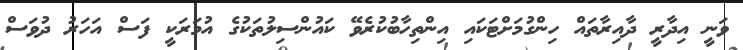
ވަނީ އިދާރީ ދާއިރާތައް ހިންގުމަށްޓަކައި އިންތިހާބުކުރެވޭ ކައުންސިލުތަކުގެ އުމަރަކީ ފަސް އަހަރު ދުވަސް